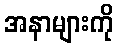
အနာများကို